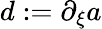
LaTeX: d:=\partial_{\xi}a